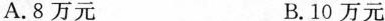
A.8万元 B.10万元